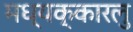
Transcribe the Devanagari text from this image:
मध्यक्कारलु